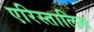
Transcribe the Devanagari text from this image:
एरिस्तालिस